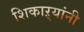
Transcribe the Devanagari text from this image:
शिकाऱ्यांनी